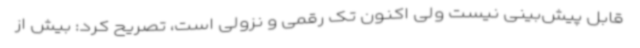
قابل پیش‌بینی نیست ولی اکنون تک رقمی و نزولی است، تصریح کرد: بیش از